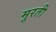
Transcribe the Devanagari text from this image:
मूरती